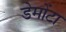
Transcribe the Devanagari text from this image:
डेमोंटा